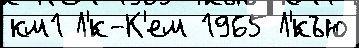
км1 Л'́к-К'ем 1965 Л'́къю